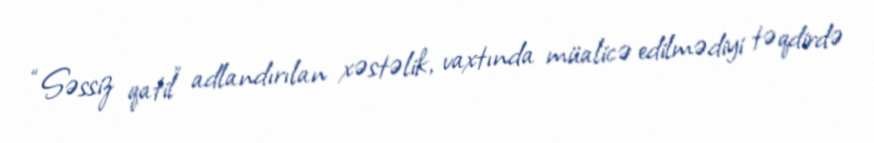
“Səssiz qatil” adlandırılan xəstəlik, vaxtında müalicə edilmədiyi təqdirdə